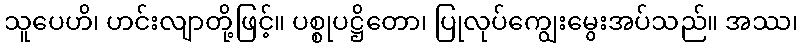
သူပေဟိ၊ ဟင်းလျာတို့ဖြင့်။ ပစ္စုပဋ္ဌိတော၊ ပြုလုပ်ကျွေးမွေးအပ်သည်။ အဿ၊